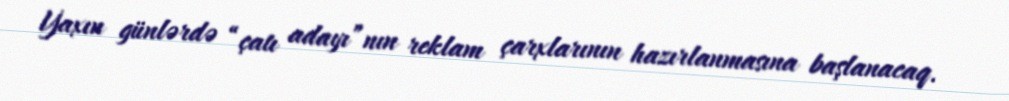
Yaxın günlərdə “çatı adayı”nın reklam çarxlarının hazırlanmasına başlanacaq.